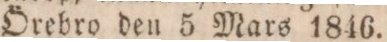
Örebro den 5 Mars 1846.